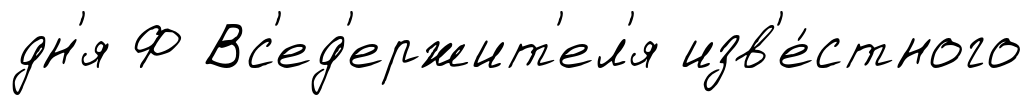
дн'я Ф Вс'ед'ержит'ел'я изв'е́стного